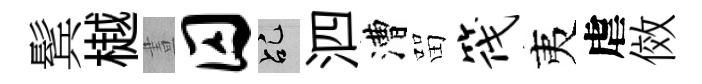
鬂樾晝囚乩泗漕㽞筏夷虐傚